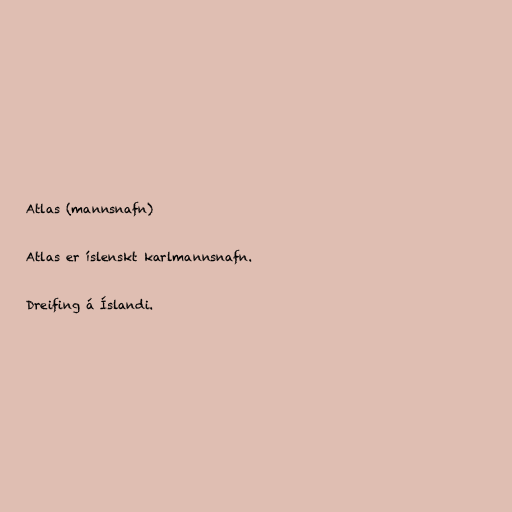
Atlas (mannsnafn)

Atlas er íslenskt karlmannsnafn.

Dreifing á Íslandi.